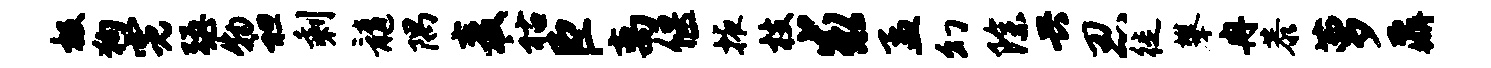
极狗霓强物袒剩髓隅麦祜臣离偃掖枝求孟幻除兴忍徙攀冉恭萝鼐